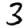
Digit: 3